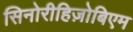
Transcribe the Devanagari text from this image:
सिनोरीहिज़ोबिएम